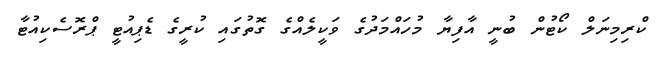
ކްރިމިނަލް ކޯޓުން ބުނީ އާފިޔާ މުހައްމަދުގެ ވަކީލެއްގެ ގޮތުގައި ކުރީގެ ޑެޕިއުޓީ ޕްރޮސެކިއުޓާ